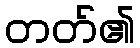
တတ်၏